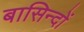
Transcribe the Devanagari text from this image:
बासिन्दों